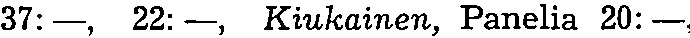
37:—, 22:—, Kiukainen, Panelia 20:—,